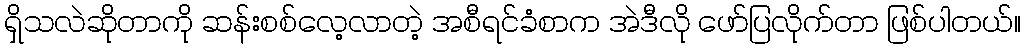
ရှိသလဲဆိုတာကို ဆန်းစစ်လေ့လာတဲ့ အစီရင်ခံစာက အဲဒီလို ဖော်ပြလိုက်တာ ဖြစ်ပါတယ်။